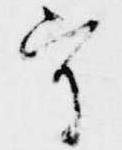
守